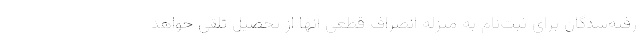
رفته‌شدگان برای ثبت‌نام به منزله انصراف قطعی آنها از تحصیل تلقی خواهد